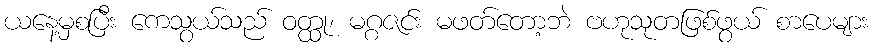
ယနေ့မှစပြီး ကေသွယ်သည် ဝတ္ထု၊ မဂ္ဂဇင်း မဖတ်တော့ဘဲ ဗဟုသုတဖြစ်ဖွယ် စာပေများ